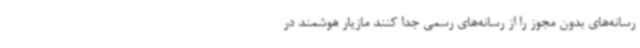
رسانه‌های بدون مجوز را از رسانه‌های رسمی جدا کنند مازیار هوشمند در